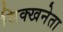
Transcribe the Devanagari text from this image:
सिक्खनेता